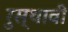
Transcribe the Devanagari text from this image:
रुस्थावी